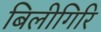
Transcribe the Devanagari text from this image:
बिलीगिरि